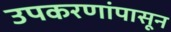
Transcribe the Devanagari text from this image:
उपकरणांपासून